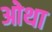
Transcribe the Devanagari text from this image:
ओथा